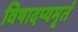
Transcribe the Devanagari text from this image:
विषादप्यमृतं